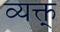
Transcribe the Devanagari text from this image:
व्यक्त्